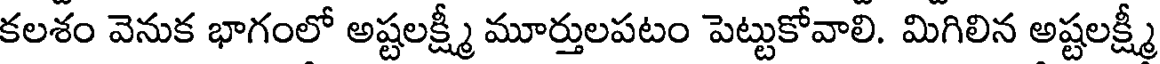
కలశం వెనుక భాగంలో అష్టలక్ష్మీ మూర్తులపటం పెట్టుకోవాలి. మిగిలిన అష్టలక్ష్మీ